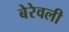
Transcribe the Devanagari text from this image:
बेरेवली